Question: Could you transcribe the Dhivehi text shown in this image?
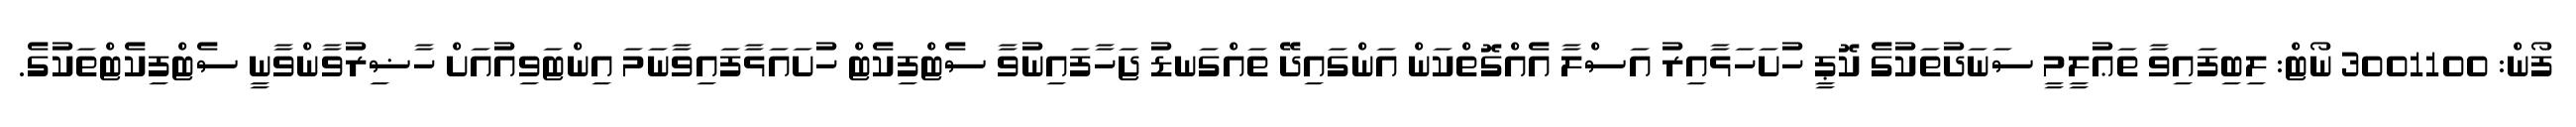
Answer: ފޯން: 3001100 ނޯޓް: ލިބިފައިވާ ތަޢުލީމީ ސަނަދުތަކުގެ ކޮޕީ ހުށަހަޅާއިރު އަސްލާ އެއްގޮތްކަން އަންގައިދޭ ތައްގަނޑު ޖަހާފައިނުވާ ސެޓްފިކެޓް ހުށައަޅާފައިވާނަމަ އިންޓަވިއުއަށް ހާޟިރުވާންވާނީ ސެޓްފިކެޓްތަކުގެ.